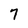
Character: 7